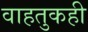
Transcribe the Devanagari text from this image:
वाहतुकही